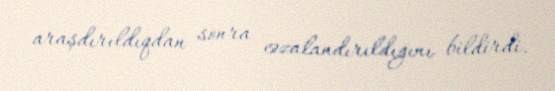
araşdırıldıqdan sonra cəzalandırıldığını bildirdi.